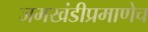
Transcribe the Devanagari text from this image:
जमखंडीप्रमाणेच